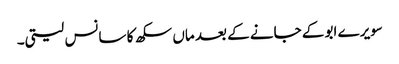
سویرے ابو کے جانے کے بعد ماں سکھ کا سانس لیتی۔